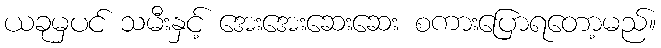
ယခုမှပင် သမီးနှင့် အေးအေးဆေးဆေး စကားပြောရတော့မည်။